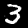
Digit: 3